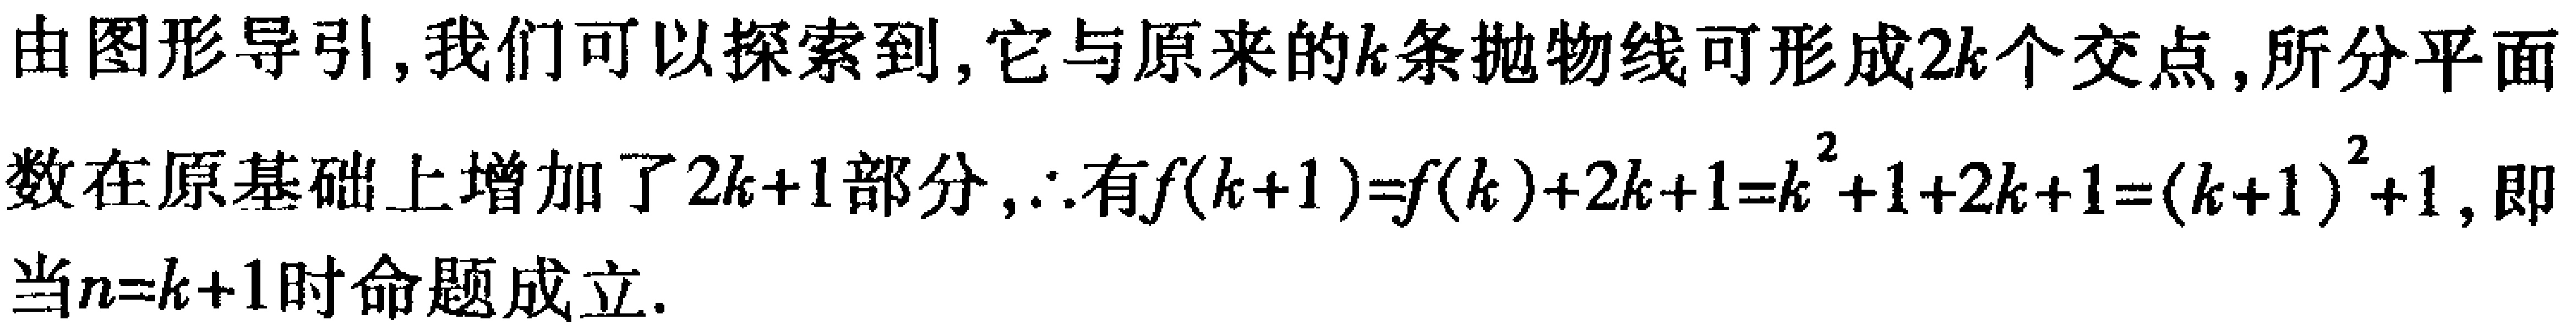
由图形导引, 我们可以探索到, 它与原来的\(k\)条抛物线可形成\(2k\)个交点, 所分平面
数在原基础上增加了\(2k + 1\)部分, \(\therefore\)有\(f(k + 1)=f(k)+2k + 1=k^{2}+1+2k + 1=(k + 1)^{2}+1\), 即
当\(n = k + 1\)时命题成立.